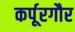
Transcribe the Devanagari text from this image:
कर्पूरगौर